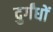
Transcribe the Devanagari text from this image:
दुर्गंधों